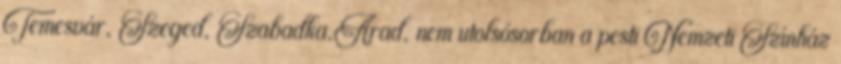
Temesvár, Szeged, Szabadka,Arad, nem utolsósorban a pesti Nemzeti Színház